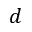
d